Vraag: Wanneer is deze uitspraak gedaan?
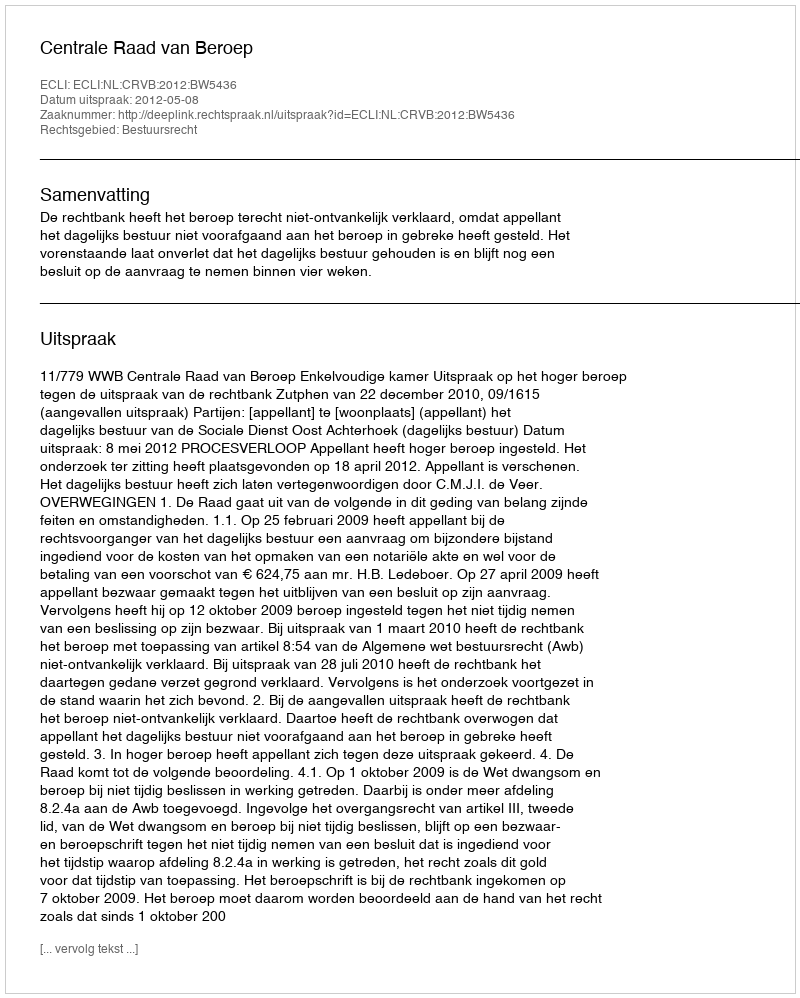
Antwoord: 2012-05-08